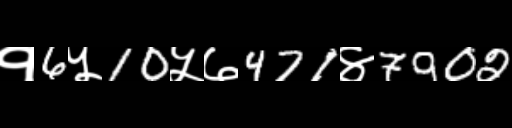
Text: १6५10५७471४7902